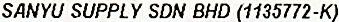
SANYU SUPPLY SDN BHD (1135772-K)